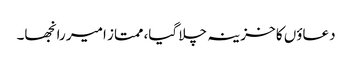
دعاؤں کا خزینہ چلا گیا، ممتاز امیر رانجھا۔